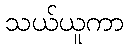
သယ်ယူကာ